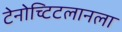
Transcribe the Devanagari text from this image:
टेनोच्टिटलानला